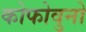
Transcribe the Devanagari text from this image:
कोफोवुनो